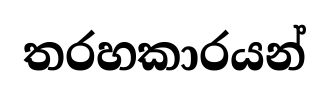
තරහකාරයන්